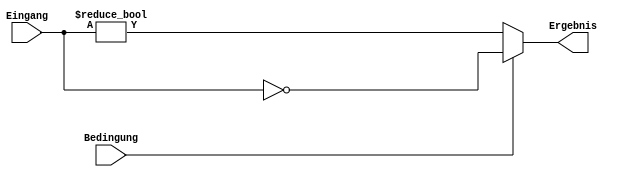
module BedingungsPruefer (
    input[31:0] Eingang,
    input Bedingung,
    output Ergebnis
);

assign Ergebnis = Bedingung ? (Eingang == 32'b0):(Eingang != 32'b0);

endmodule